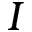
I